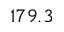
1 7 9 . 3